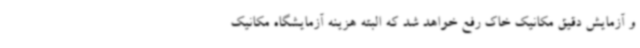
و آزمایش دقیق مکانیک خاک رفع خواهد شد که البته هزینه آزمایشگاه مکانیک